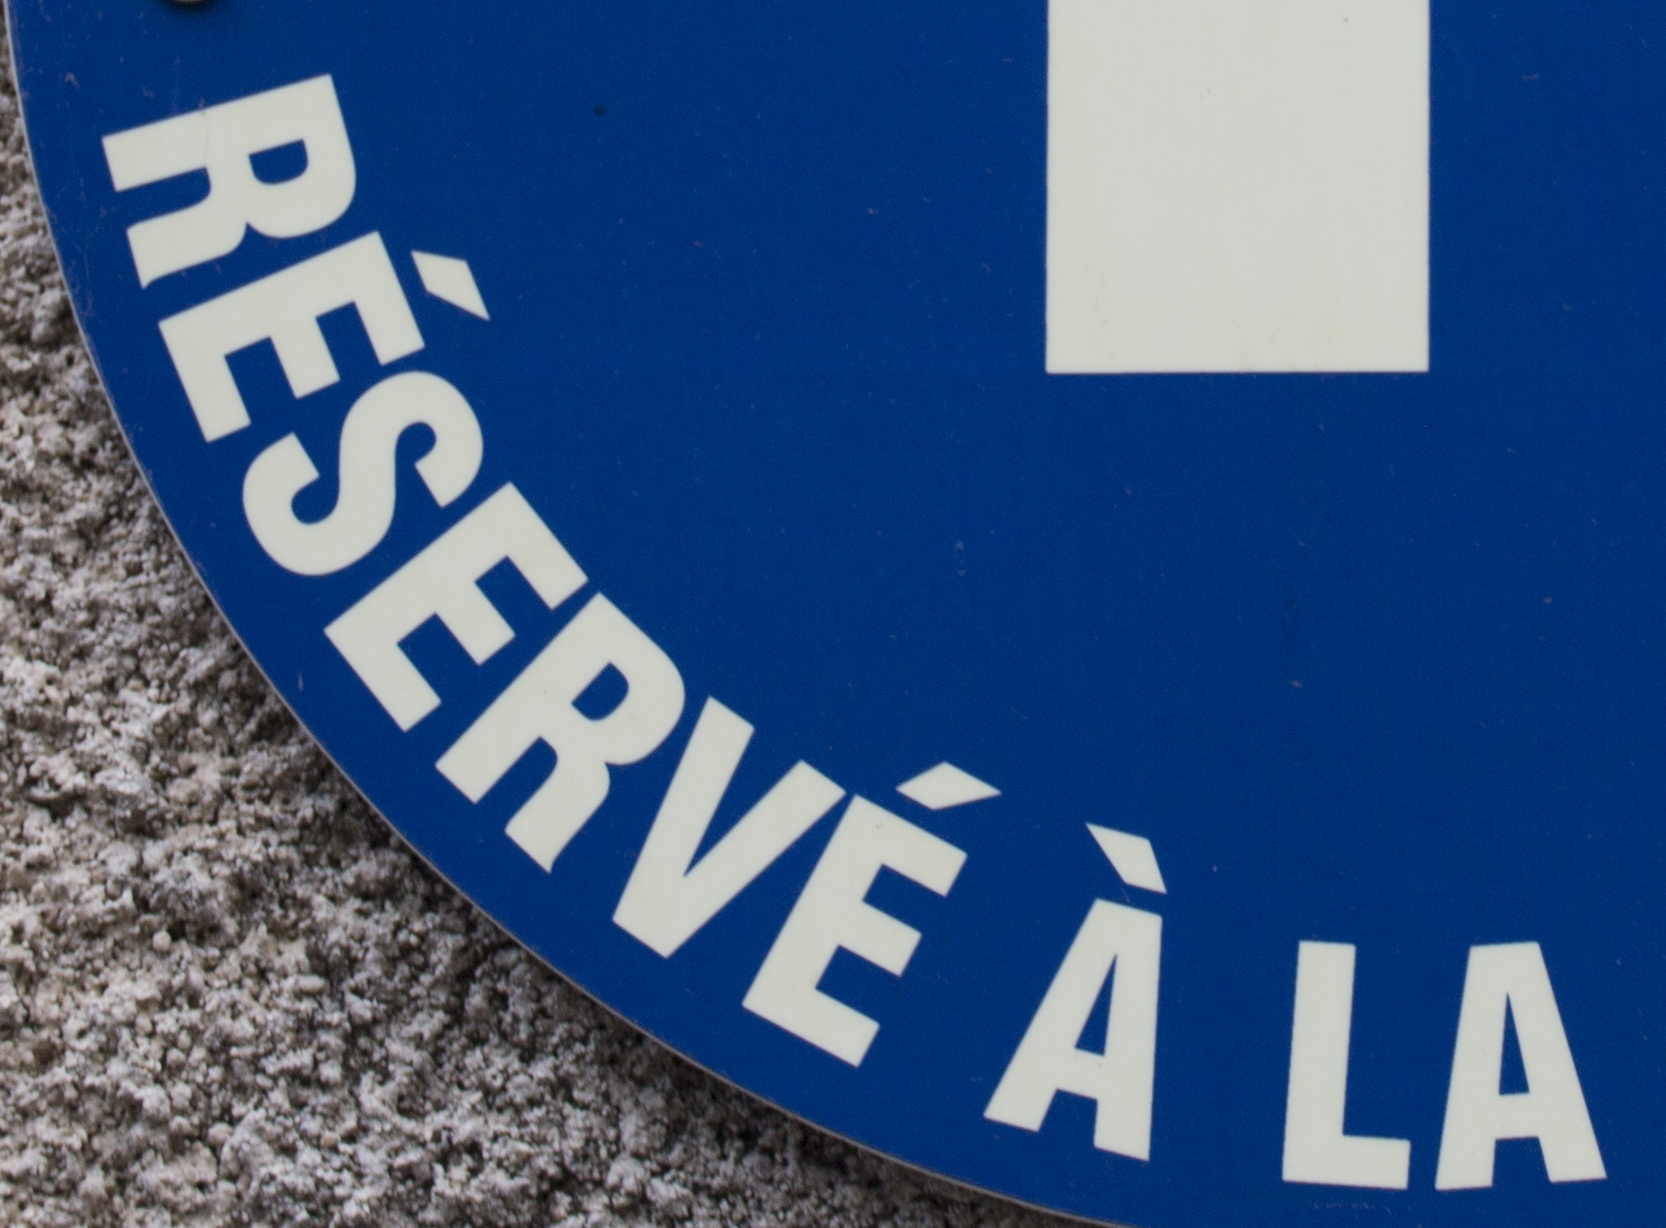
RESERVE A LA